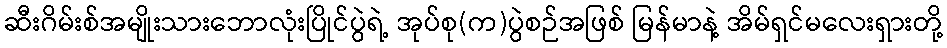
ဆီးဂိမ်းစ်အမျိုးသားဘောလုံးပြိုင်ပွဲရဲ့ အုပ်စု(က)ပွဲစဉ်အဖြစ် မြန်မာနဲ့ အိမ်ရှင်မလေးရှားတို့